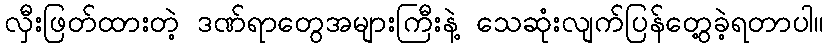
လှီးဖြတ်ထားတဲ့ ဒဏ်ရာတွေအများကြီးနဲ့ သေဆုံးလျက်ပြန်တွေ့ခဲ့ရတာပါ။